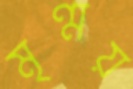
মৃণ্ময়